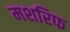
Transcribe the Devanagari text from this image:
मशरिफ